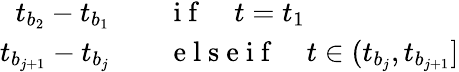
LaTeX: \begin{array}{rl}{t_{b_{2}}-t_{b_{1}}}&{{}\quad\mathrm{~i~f~}\quad t=t_{1}}\\ {t_{b_{j+1}}-t_{b_{j}}}&{{}\quad\mathrm{~e~l~s~e~i~f~}\quad t\in(t_{b_{j}},t_{b_{j+1}}]}\end{array}